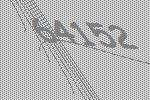
64152